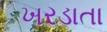
ખરડાતા